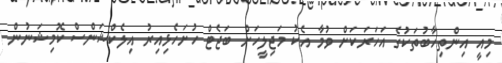
މިއީ އިންތިހާބުތަކުގެ އަހަރަކަށް ވުމާ އެކު މަޖިލީހަށް ބަޖެޓް ހުށަހެޅިއިރު އިލެކްޝަންސް ކޮމިޝަނުން